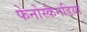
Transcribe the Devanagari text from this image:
फेनोस्कैनडिया